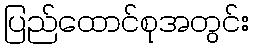
ပြည်ထောင်စုအတွင်း